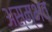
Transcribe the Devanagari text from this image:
अस्म्भव